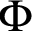
\Phi